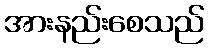
အားနည်းစေသည်